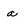
Character: a